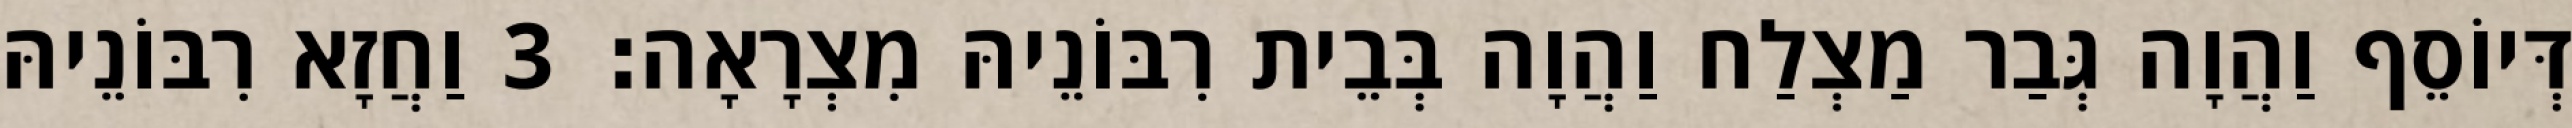
דְּיוֹסֵף וַהֲוָה גְּבַר מַצְלַח וַהֲוָה בְּבֵית רִבּוֹנֵיהּ מִצְרָאָה׃ 3 וַחֲזָא רִבּוֹנֵיהּ